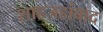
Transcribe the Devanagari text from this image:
शाहजहांबाद